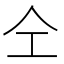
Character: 仝